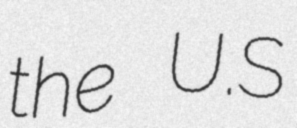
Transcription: the U.S